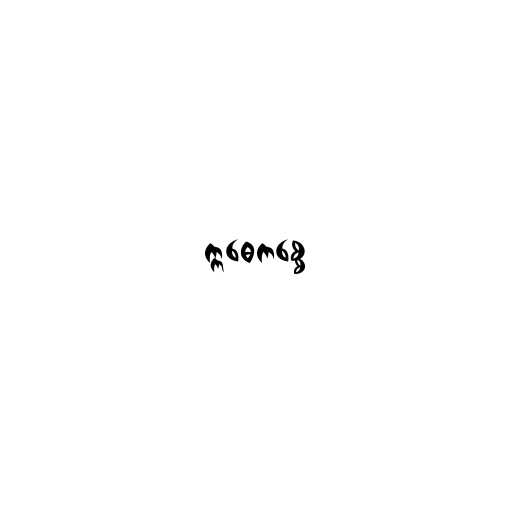
ဣဓေကစ္စေ